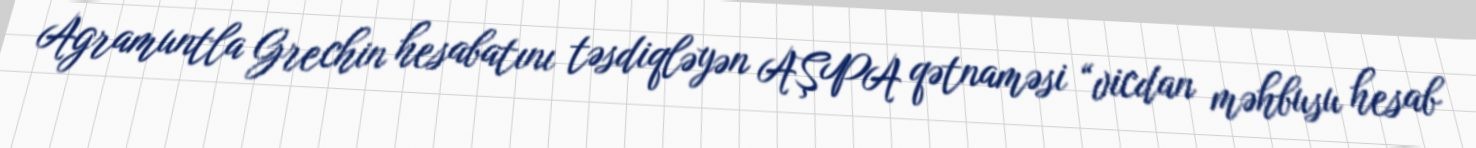
Agramuntla Grechin hesabatını təsdiqləyən AŞPA qətnaməsi “vicdan məhbusu hesab